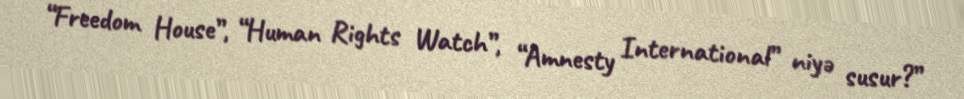
“Freedom House”, “Human Rights Watch”, “Amnesty International” niyə susur?”